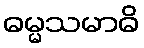
ဓမ္မသမာဓိ